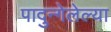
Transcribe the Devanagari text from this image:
पादुन्गेलेल्या